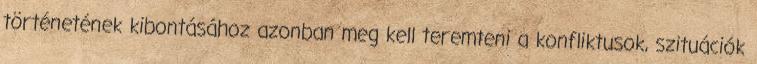
történetének kibontásához azonban meg kell teremteni a konfliktusok, szituációk